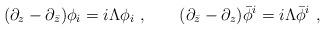
LaTeX: \begin{align*}(\partial _{z} - \partial _{\bar{z}})\phi _{i}=i\Lambda \phi _{i}\ ,\qquad(\partial_{\bar{z}} - \partial _{z})\bar{\phi}^{i}= i\Lambda\bar{\phi}^{i} \ , \end{align*}